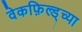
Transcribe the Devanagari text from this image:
वेकफ़िल्ड्च्या